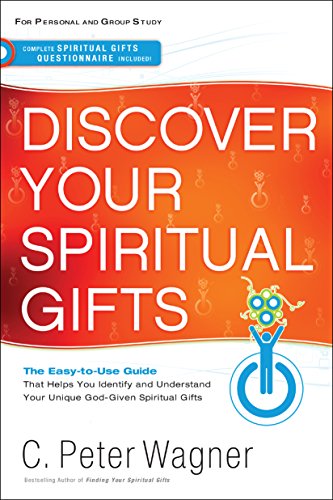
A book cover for Discover Your Spiritual Gifts: The Easy-to-Use Guide That Helps You Identify and Understand Your Unique God-Given Spiritual Gifts; C. Peter Wagner; Christian Books & Bibles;